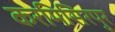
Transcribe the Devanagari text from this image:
करमिसिरपुर